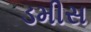
ડમીસ